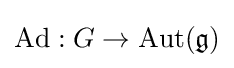
\mathrm {Ad} :G\rightarrow \mathrm {Aut} ({\mathfrak {g}})